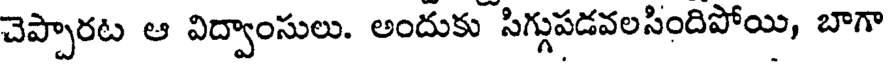
చెప్పారట ఆ విద్వాంసులు. అందుకు సిగ్గుపడవలసిందిపోయి, బాగా